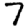
Digit: 7